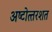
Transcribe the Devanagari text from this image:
अष्‍टोत्‍तरशत